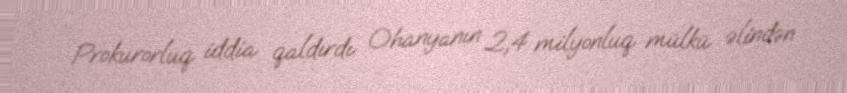
Prokurorluq iddia qaldırdı: Ohanyanın 2,4 milyonluq mülkü əlindən